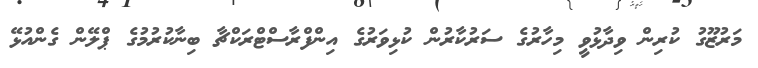
މަރުޒޫގު ކުރިން ވިދާޅުވީ މިހާރުގެ ސަރުކާރުން ކުޅިވަރުގެ އިންފްރާސްޓްރަކްޗާ ބިނާކުރުމުގެ ޕްލޭން ގެންއުޅޭ